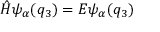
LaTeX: \hat { H } \psi _ { \alpha } ( q _ { 3 } ) = E \psi _ { \alpha } ( q _ { 3 } )